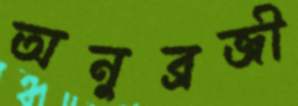
অনুব্রজী